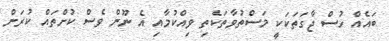
ބައެއް ހުސް ޖާގަތަކަކީ މަސްތުވާތަކެތި ވިއްކުމާއި އެ ނޫން ވެސް ކުށްތައް ކުރަން